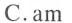
C.am